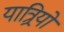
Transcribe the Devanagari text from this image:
यात्र्रियों